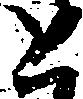
と